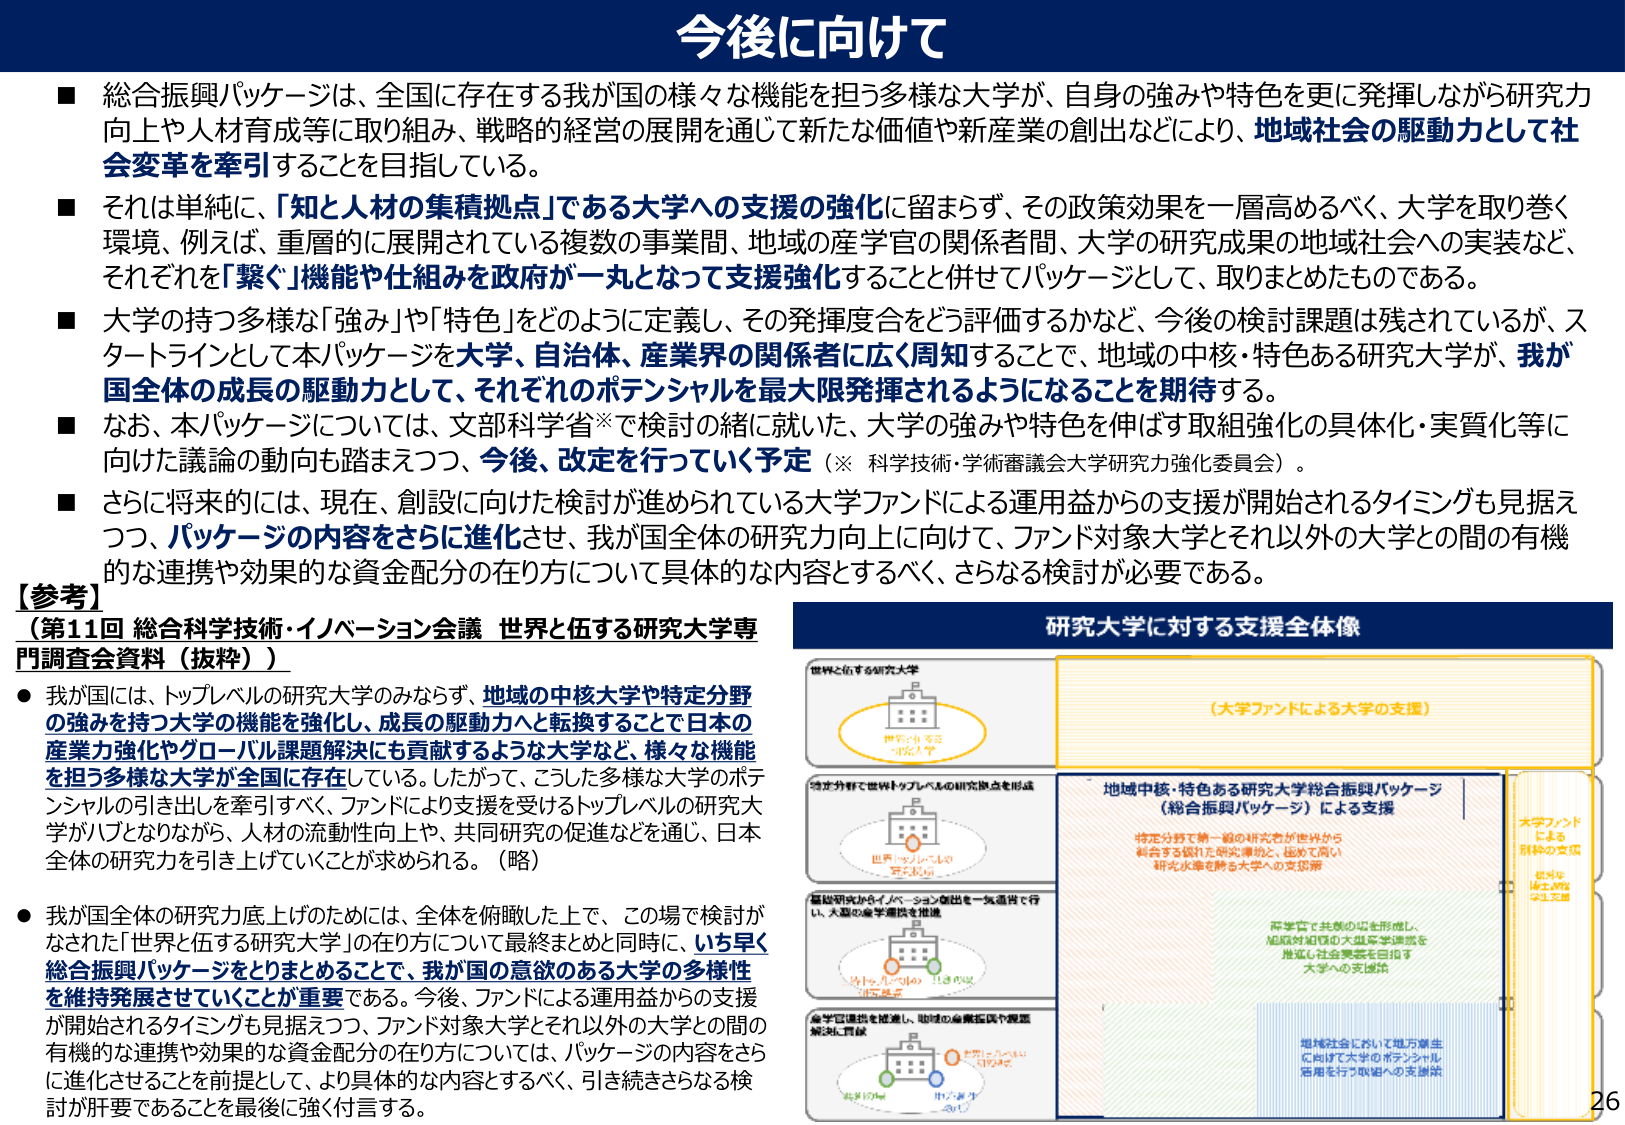
今後に向けて

■ 総合振興パッケージは、全国に存在する我が国の様々な機能を担う多様な大学が、自身の強みや特色を更に発揮しながら研究力向上や人材育成等に取り組み、戦略的経営の展開を通じて新たな価値や新産業の創出などにより、地域社会の駆動力として社会変革を牽引することを目指している。

■ それは単純に、「知と人材の集積拠点」である大学への支援の強化に留まらず、その政策効果を一層高めるべく、大学を取り巻く環境、例えば、重層的に展開されている複数の事業間、地域の産学官の関係者間、大学の研究成果の地域社会への実装など、それぞれを「繋ぐ」機能や仕組みを政府が一丸となって支援強化することと併せてパッケージとして、取りまとめたものである。

■ 大学の持つ多様な「強み」や「特色」をどのように定義し、その発揮度合をどう評価するかなど、今後の検討課題は残されているが、スタートラインとして本パッケージを大学、自治体、産業界の関係者に広く周知することで、地域の中核・特色ある研究大学が、我が国全体の成長の駆動力として、それぞれのポテンシャルを最大限発揮されるようになることを期待する。

■ なお、本パッケージについては、文部科学省※で検討の緒に就いた、大学の強みや特色を伸ばす取組強化の具体化・実質化等に向けた議論の動向も踏まえつつ、今後、改定を行っていく予定（※ 科学技術・学術審議会大学研究力強化委員会）。

■ さらに将来的には、現在、創設に向けた検討が進められている大学ファンドによる運用益からの支援が開始されるタイミングも見据えつつ、パッケージの内容をさらに進化させ、我が国全体の研究力向上に向けて、ファンド対象大学とそれ以外の大学との間の有機的な連携や効果的な資金配分の在り方について具体的な内容とするべく、さらなる検討が必要である。

【参考】
（第11回 総合科学技術・イノベーション会議 世界と伍する研究大学専門調査会資料（抜粋））

● 我が国には、トップレベルの研究大学のみならず、地域の中核大学や特定分野の強みを持つ大学の機能を強化し、成長の駆動力へと転換することで日本の産業力強化やグローバル課題解決にも貢献するような大学など、様々な機能を担う多様な大学が全国に存在している。したがって、こうした多様な大学のポテンシャルの引き出しを牽引すべく、ファンドにより支援を受けるトップレベルの研究大学がハブとなりながら、人材の流動性向上や、共同研究の促進などを通じ、日本全体の研究力を引き上げていくことが求められる。（略）

● 我が国全体の研究力底上げのためには、全体を俯瞰した上で、この場で検討がなされた「世界と伍する研究大学」の在り方について最終まとめと同時に、いち早く総合振興パッケージをとりまとめるることで、我が国の意欲のある大学の多様性を維持発展させていくことが重要である。今後、ファンドによる運用益からの支援が開始されるタイミングも見据えつつ、ファンド対象大学とそれ以外の大学との間の有機的な連携や効果的な資金配分の在り方については、パッケージの内容をさらに進化させることを前提として、より具体的な内容とするべく、引き続きさらなる検討が肝要であることを最後に強く付言する。

研究大学に対する支援全体像

世界と伍する研究大学
（大学ファンドによる大学の支援）

特定分野で世界トップレベルの研究拠点を形成
（特定分野で世界トップレベルの研究拠点を形成）

基盤研究からイノベーション創出を一気通貫で行い、大型の産学連携を推進
（基盤研究からイノベーション創出を一気通貫で行い、大型の産学連携を推進）

産学官連携を推進し、地域の産業振興や課題解決に貢献
（産学官連携を推進し、地域の産業振興や課題解決に貢献）

地域中核・特色ある研究大学総合振興パッケージ
（総合振興パッケージ）による支援

特定分野で第一線の研究者が世界から融合する優れた研究環境と、極めて高い研究水準を誇る大学への支援策

産学官で共創の場を形成し、
組織対組織の大規模学連携を推進し社会貢献を目指す
大学への支援策

地域社会において地方創生に向けた大学のポテンシャル活用を行う取組への支援策

大学ファンドによる
引き続き支援
（大学ファンドによる引き続き支援）

26